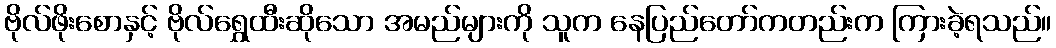
ဗိုလ်ဖိုးစောနှင့် ဗိုလ်ရွှေထီးဆိုသော အမည်များကို သူက နေပြည်တော်ကတည်းက ကြားခဲ့ရသည်။